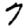
Digit: 7